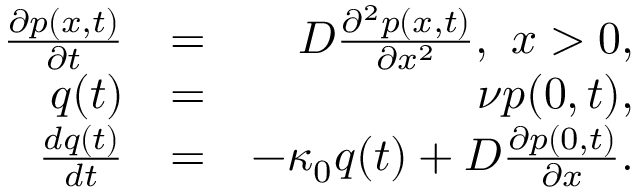
\begin{array} { r l r } { \frac { \partial p ( x , t ) } { \partial t } } & { = } & { D \frac { \partial ^ { 2 } p ( x , t ) } { \partial x ^ { 2 } } , \ x > 0 , } \\ { q ( t ) } & { = } & { \nu p ( 0 , t ) , } \\ { \frac { d q ( t ) } { d t } } & { = } & { - \kappa _ { 0 } q ( t ) + D \frac { \partial p ( 0 , t ) } { \partial x } . } \end{array}